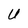
Character: U